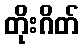
တိုးဂိတ်